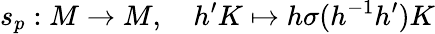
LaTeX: s_{p}:M\to M,\quad h^{\prime}K\mapsto h\sigma(h^{-1}h^{\prime})K